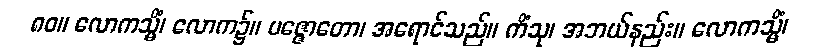
၈၀။ လောကသ္မိံ၊ လောက၌။ ပဇ္ဇောတော၊ အရောင်သည်။ ကိံသု၊ အဘယ်နည်း။ လောကသ္မိံ၊